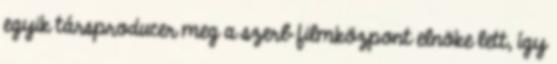
egyik társproducer meg a szerb filmközpont elnöke lett, így